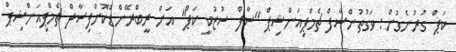
ކަޕް ގުރުނެގުން: ވަގުތުންސާފް ޗެމްޕިއަންޝިޕް "ސާފް ސުޒުކީ ކަޕް" އަށް ރީބްރޭންޑްކޮށްފިސާފް ޗެމްޕިއަންޝިޕް